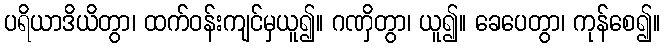
ပရိယာဒိယိတွာ၊ ထက်ဝန်းကျင်မှယူ၍။ ဂဏှိတွာ၊ ယူ၍။ ခေပေတွာ၊ ကုန်စေ၍။